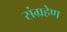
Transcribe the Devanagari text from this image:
संग्रहेण